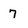
Character: 7